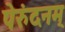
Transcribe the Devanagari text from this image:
पेरुंदनम्